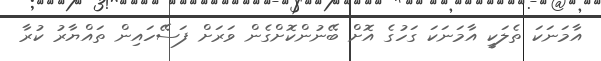
އާމަނަކަ ތެލަކީ އާމަނަކަ ގަހުގެ އޮށް ބޭނުންކޮށްގެން ވަރަށް ފަސޭހައިން ތައްޔާރު ކުރާ